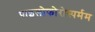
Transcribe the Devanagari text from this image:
पाइलोफोरोस्पर्मम